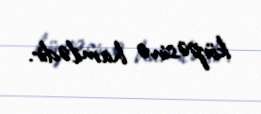
körpəsinə hamilədir.